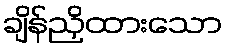
ချိန်ညှိထားသော